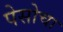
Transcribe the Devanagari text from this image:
पेसोचा